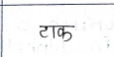
मजकूर: टाक